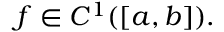
f \in C ^ { 1 } ( [ a , b ] ) .